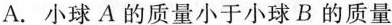
A. 小球 A 的质量小于小球B的质量